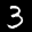
Label: 3